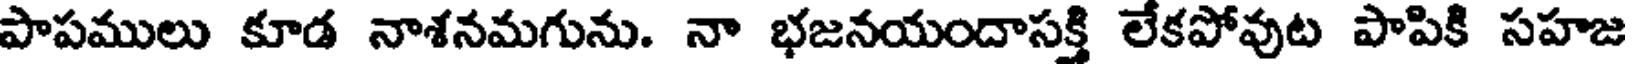
పాపములు కూడ నాశనమగును. నా భజనయందాసక్తి లేకపోవుట పాపికి సహజ